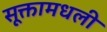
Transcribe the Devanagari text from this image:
सूक्तामधली